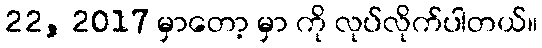
22, 2017 မှာတော့ မှာ ကို လုပ်လိုက်ပါတယ်။